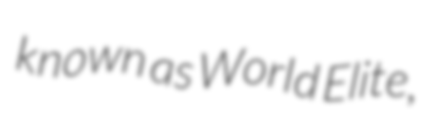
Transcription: known as World Elite,